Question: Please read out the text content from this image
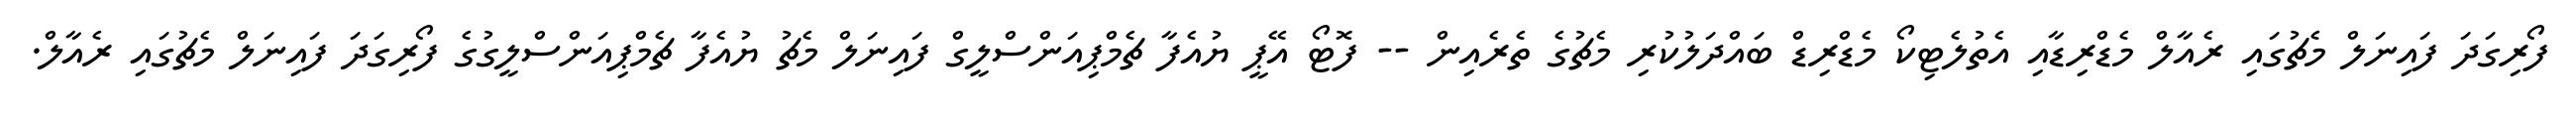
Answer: ފޯރިގަދަ ފައިނަލް މެޗުގައި ރެއާލް މެޑްރިޑާއި އެތުލެޓިކޯ މެޑްރިޑް ބައްދަލުކުރި މެޗުގެ ތެރެއިން -- ފޮޓޯ އޭޕީ ޔުއެފާ ޗެމްޕިއަންސްލީގް ފައިނަލް މެޗު ޔުއެފާ ޗެމްޕިއަންސްލީގުގެ ފޯރިގަދަ ފައިނަލް މެޗުގައި ރެއާލް.